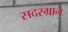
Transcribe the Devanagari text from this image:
सदरग्रान